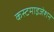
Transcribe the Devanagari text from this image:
कस्टमाइजेशन